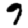
Digit: 9